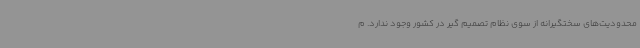
محدودیت‌های سختگیرانه از سوی نظام تصمیم گیر در کشور وجود ندارد. م